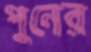
পুনের